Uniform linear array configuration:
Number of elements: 64
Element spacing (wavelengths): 1
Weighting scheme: blackman
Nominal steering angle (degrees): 60
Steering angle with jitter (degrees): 58.316
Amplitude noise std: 0.05
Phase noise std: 0.05

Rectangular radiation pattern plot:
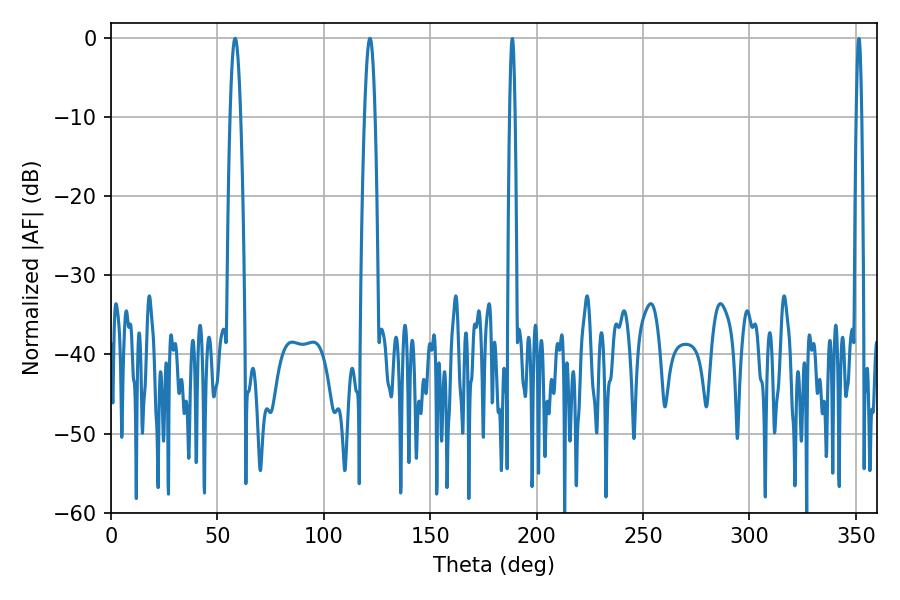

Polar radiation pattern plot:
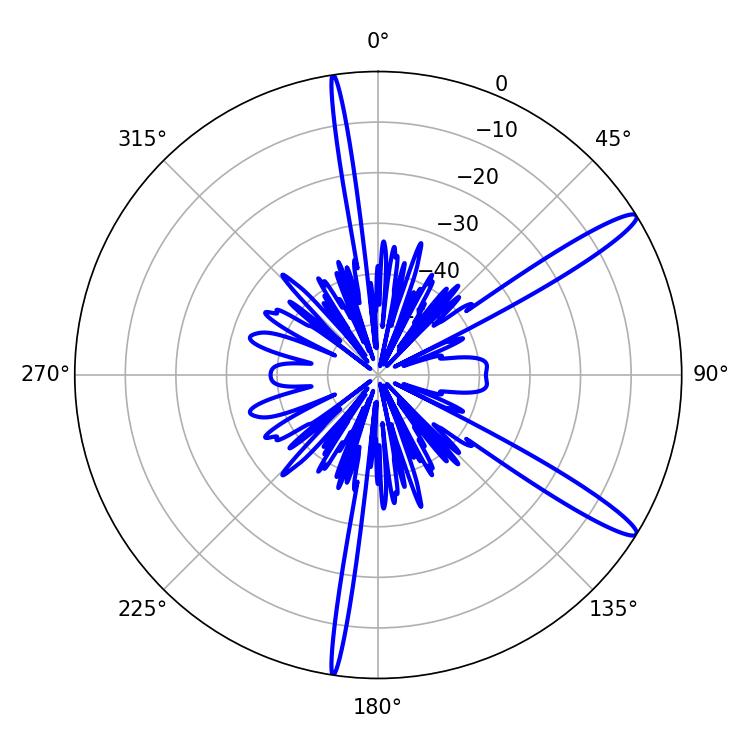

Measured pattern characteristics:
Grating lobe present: TRUE
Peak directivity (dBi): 13.959
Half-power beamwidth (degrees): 2.7
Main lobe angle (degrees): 58.32